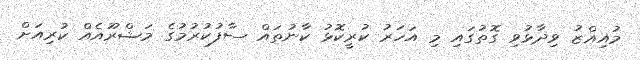
މުއިއްޒު ވިދާޅުވި ގޮތުގައި މި އަހަރު ކުރީކޮޅު ކާނުތައް ސާފުކުރުމުގެ މަޝްރޫއެއް ކުރިއަށް